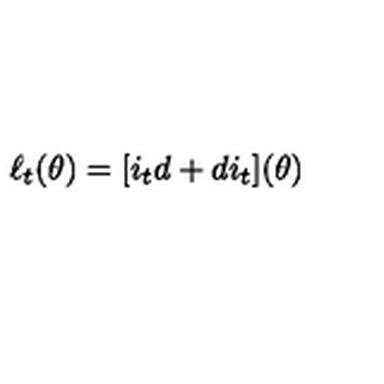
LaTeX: \ell _ { t } ( \theta ) = [ i _ { t } d + d i _ { t } ] ( \theta )